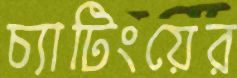
চ্যাটিংয়ের